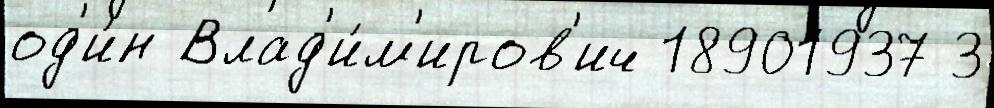
од'и́н Влад'и́м'иров'ич 18901937 3